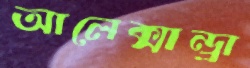
আলেক্সান্ড্রা